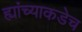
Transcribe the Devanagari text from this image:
ह्यांच्याकडेच